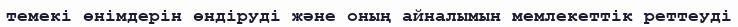
темекі өнімдерін өндіруді және оның айналымын мемлекеттік реттеуді